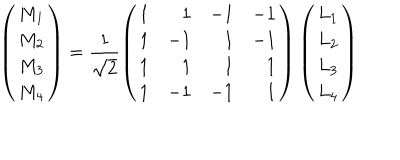
\left( \begin{array} { c } { { M _ { 1 } } } \\ { { M _ { 2 } } } \\ { { M _ { 3 } } } \\ { { M _ { 4 } } } \\ \end{array} \right) = \frac { 1 } { \sqrt { 2 } } \left( \begin{array} { c r r r } { { 1 } } & { { 1 } } & { { - 1 } } & { { - 1 } } \\ { { 1 } } & { { - 1 } } & { { 1 } } & { { - 1 } } \\ { { 1 } } & { { 1 } } & { { 1 } } & { { 1 } } \\ { { 1 } } & { { - 1 } } & { { - 1 } } & { { 1 } } \\ \end{array} \right) \left( \begin{array} { c } { { L _ { 1 } } } \\ { { L _ { 2 } } } \\ { { L _ { 3 } } } \\ { { L _ { 4 } } } \\ \end{array} \right)